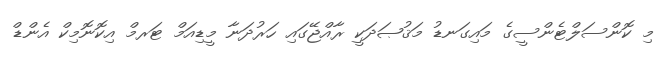
މި ކޮންސަލްޓެންސީގެ މައިގަނޑު މަޤުޞަދަކީ ރާއްޖޭގައި ހަރުދަނާ މީޑިއަމް ޓަރމް އިކޮނޮމިކް އެންޑް